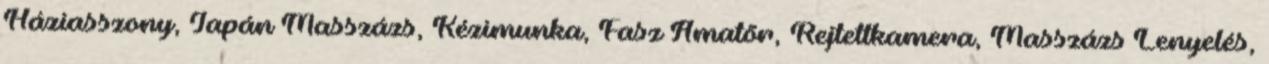
Háziasszony, Japán Masszázs, Kézimunka, Fasz Amatõr, Rejtettkamera, Masszázs Lenyelés,